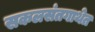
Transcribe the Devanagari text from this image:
सकलसंतगाथेत